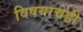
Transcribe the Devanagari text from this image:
विषयाचेही